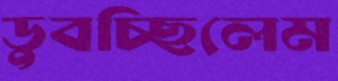
ডুবচ্ছিলেম